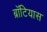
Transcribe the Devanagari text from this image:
ब्रॉटियास